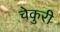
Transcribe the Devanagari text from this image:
चेकुरी